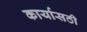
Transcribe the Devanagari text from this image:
कार्यासठी